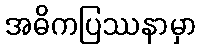
အဓိကပြဿနာမှာ